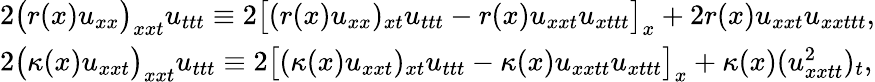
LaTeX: \begin{array}{r}{\left.\begin{array}{ll}{2\big(r(x)u_{xx}\big)_{xxt}u_{ttt}\equiv 2\big[(r(x)u_{xx})_{xt}u_{ttt}-r(x)u_{xxt}u_{xttt}\big]_{x}+2r(x)u_{xxt}u_{xxttt},}\\ {2\big(\kappa(x)u_{xxt}\big)_{xxt}u_{ttt}\equiv 2\big[(\kappa(x)u_{xxt})_{xt}u_{ttt}-\kappa(x)u_{xxtt}u_{xttt}\big]_{x}+\kappa(x)(u_{xxtt}^{2})_{t},}\end{array}\right.}\end{array}